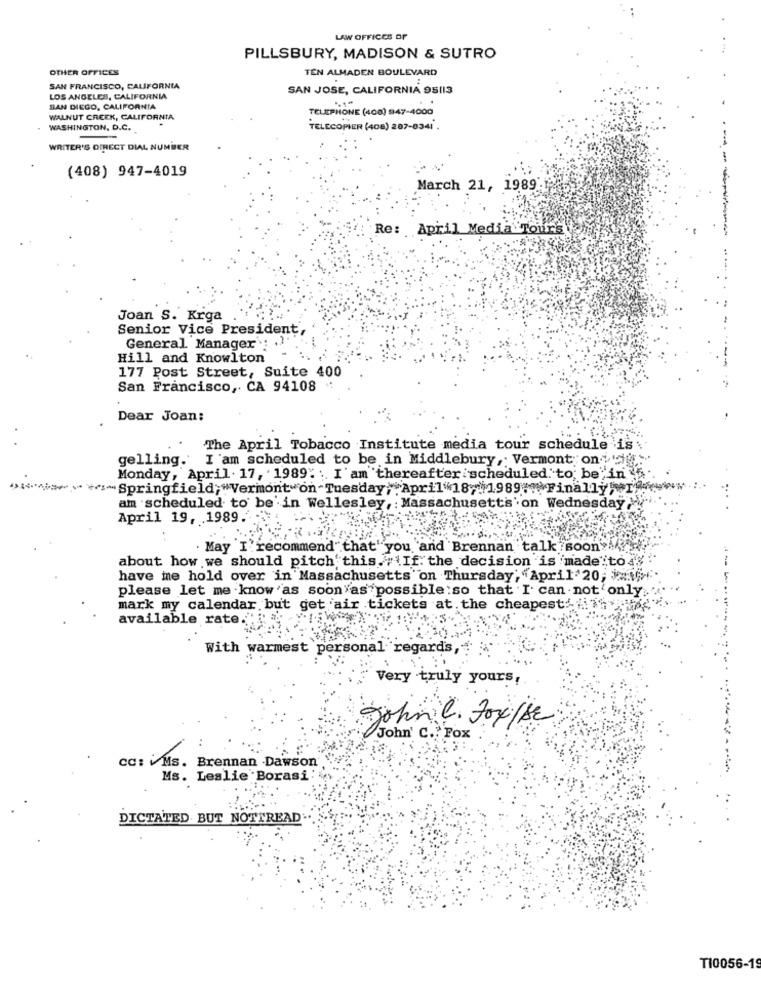
LAW OFFICES OF
PILLSBURY, MADISON & SUTRO
OTHER OFFICES
TEN ALMADEN BOULEVARD
SAN FRANCISCO, CALIFORNIA
SAN JOSE, CALIFORNIA 95113
LOS ANGELES, CALIFORNIA
. .
SAN DIEGO, CALIFORNIA
TELEPHONE (400) 947-4000
WALNUT CREEK, CALIFORNIA
WASHINGTON, D.C.
TELECOPIER (408) 287-0341 .
.-
WRITER'S DIRECT DIAL NUMBER
(408) 947-4019
March 21, 1989
Re: April Media Tours
Joan S. Krga
Senior Vice President,
General Manager :.
Hill and Knowlton
177 Post Street, Suite 400
San Francisco, CA 94108 :
Dear Joan:
The April Tobacco Institute media tour schedule is
gelling. I am scheduled to be in Middlebury, Vermont on :"
Monday, April . 17, 1989" ; I'am thereafter scheduled to be"in
*** Springfield;"Vermont"on Tuesday, April18,1989 FinallyI
am scheduled to be'in Wellesley, : Massachusetts'on Wednesday
April 19, 1989.'
May I recommend that" you and Brennan talk soon
about how we should pitch this. # \If. the decision is made to 4.
have me hold over in Massachusetts"on Thursday; "April 20; $=\
---
please let me know 'as soon as possible :so that I can not'only.
mark my calendar but get air tickets at. the cheapest: .
available rate.
With warmest personal
regards,
Very truly yours,
John C. Fox/sc
John' C. Fox
cc: Ms. Brennan .Dawson
Ms. Leslie Borasi:
DICTATED BUT NOTTREAD
TI0056-19